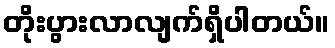
တိုးပွားလာလျက်ရှိပါတယ်။